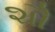
શૌ